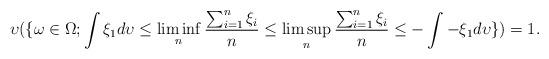
LaTeX: \begin{align*}\upsilon(\{\omega\in\Omega; \int\xi_{1}d\upsilon\leq\mathop{\lim\inf}_{n}\frac{\sum_{i=1}^{n}\xi_{i}}{n}\leq\mathop{\lim\sup}_{n}\frac{\sum_{i=1}^{n}\xi_{i}}{n} \leq-\int-\xi_{1}d\upsilon\})=1.\end{align*}